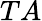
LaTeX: TA